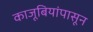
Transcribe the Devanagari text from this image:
काजूबियांपासून